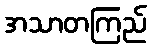
အသာတကြည်